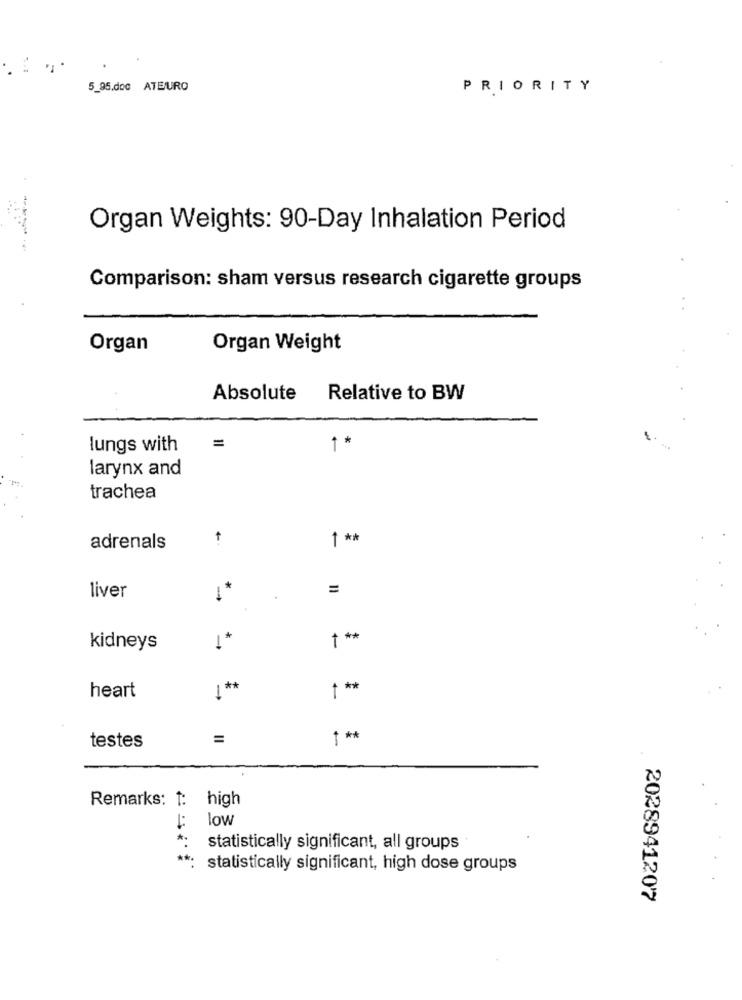
5_95.doc ATEURO
PRIORITY
-
Organ Weights: 90-Day Inhalation Period
Comparison: sham versus research cigarette groups
Organ
Organ Weight
Absolute
Relative to BW
lungs with
=
**
larynx and
trachea
1 **
adrenals
liver
1*
=
t **
kidneys
1 **
* **
heart
* *
testes
Remarks: 1: high
low
*
statistically significant, all groups
**.
statistically significant, high dose groups
2028941207